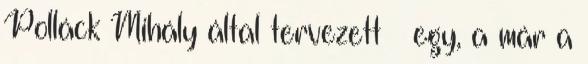
Polláck Mihály által tervezett – egy, a már a